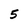
Character: 5